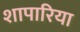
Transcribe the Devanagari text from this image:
शापारिया